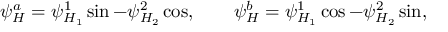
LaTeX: \psi _ { H } ^ { a } = \psi _ { H _ { 1 } } ^ { 1 } \sin \b - \psi _ { H _ { 2 } } ^ { 2 } \cos \b , \qquad \psi _ { H } ^ { b } = \psi _ { H _ { 1 } } ^ { 1 } \cos \b - \psi _ { H _ { 2 } } ^ { 2 } \sin \b ,